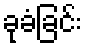
ခုခံခြင်း